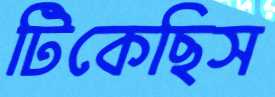
টিকেছিস